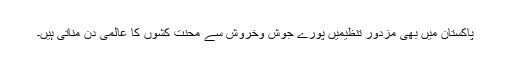
پاکستان میں بھی مزدور تنظیمیں پورے جوش وخروش سے محنت کشوں کا عالمی دن مناتی ہیں۔